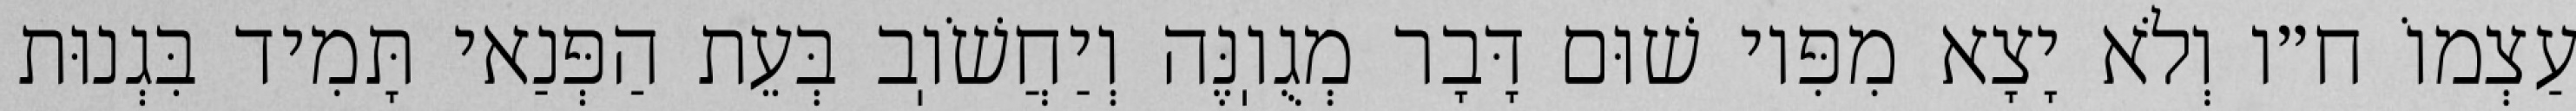
עַצְמוֹ ח״ו וְלֹא יָצָא מִפִּיו שׁוּם דָּבָר מְגֻוֽנֶּה וְיַחֲשֹׁוֽב בְּעֵת הַפְּנַאי תָּמִיד בִּגְנוּת